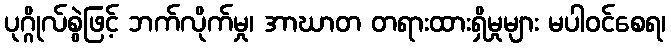
ပုဂ္ဂိုလ်စွဲဖြင့် ဘက်လိုက်မှု၊ အာဃာတ တရားထားရှိမှုများ မပါဝင်စေရ၊